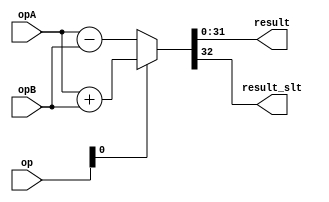
module addersub_1 (
            opA, opB,
            op, 
            result,
            result_slt );
parameter WIDTH=32;
input [WIDTH-1:0] opA;
input [WIDTH-1:0] opB;
input [3-1:0] op;
output [WIDTH-1:0] result;
output result_slt;
wire carry_out;
wire [WIDTH:0] sum;
wire is_slt;
wire signext;
wire addsub;
assign is_slt=op[2];
assign signext=op[1];
assign addsub=op[0];
assign result=sum[WIDTH-1:0];
assign result_slt=sum[WIDTH];
wire [WIDTH-1:0] oA;
wire [WIDTH-1:0] oB;
wire [WIDTH-1:0] o_B;
assign oA = {signext&opA[WIDTH-1],opA};
assign oB = {signext&opB[WIDTH-1],opB};
assign sum = (addsub == 1'b1) ? oA + oB : oA - oB;
assign carry_out=sum[WIDTH];
endmodule